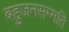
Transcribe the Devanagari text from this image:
बहुजनसम्मति